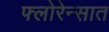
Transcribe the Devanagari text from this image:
फ्लोरेन्सात